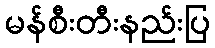
မန်စီးတီးနည်းပြ